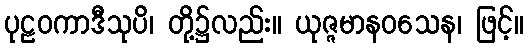
ပုဠဝကာဒီသုပိ၊ တို့၌လည်း။ ယုဇ္ဇမာနဝသေန၊ ဖြင့်။